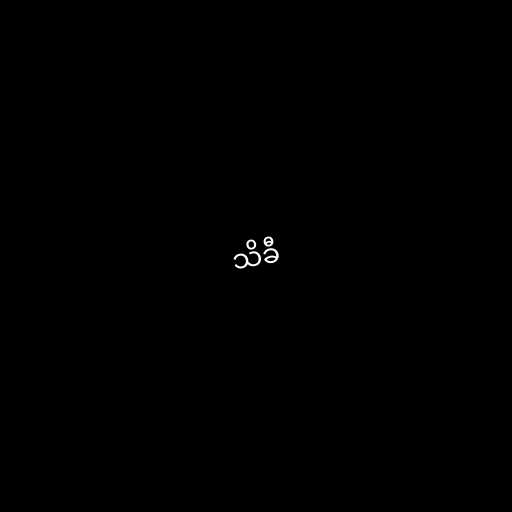
သိခီ